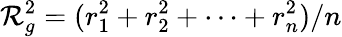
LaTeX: \mathcal{R}_{g}^{2}=(r_{1}^{2}+r_{2}^{2}+\cdots+r_{n}^{2})/n